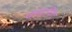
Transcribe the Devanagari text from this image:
फ्लायिंग